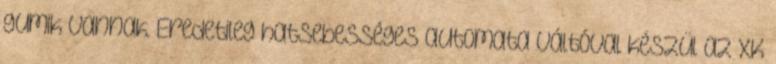
gumik vannak. Eredetileg hatsebességes automata váltóval készül az XK